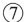
⑦